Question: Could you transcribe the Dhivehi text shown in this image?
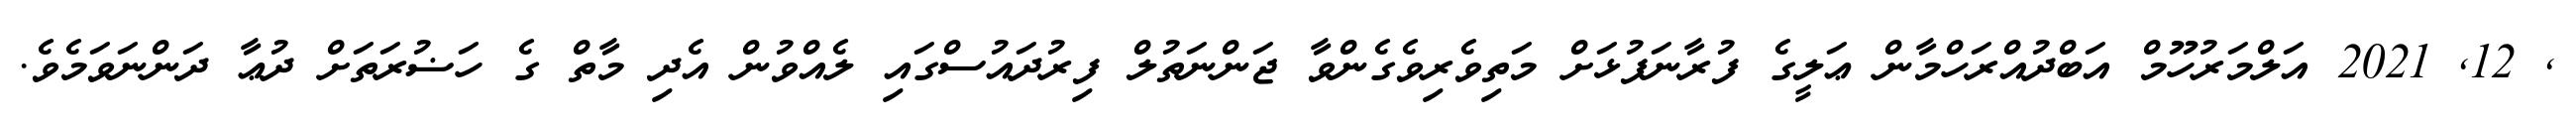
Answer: , 12, 2021 އަލްމަރުހޫމް އަބްދުއްރަހްމާން ޢަލީގެ ފުރާނަފުޅަށް މަތިވެރިވެގެންވާ ޖަންނަތުލް ފިރުދައުސްގައި ލެއްވުން އެދި މާތް ގެ ހަޟުރަތަށް ދުޢާ ދަންނަވަމެވެ.